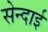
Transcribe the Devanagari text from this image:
सेन्दाई